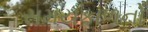
સમયકાળનો